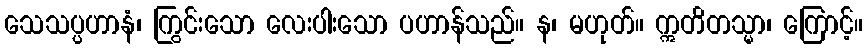
သေသပ္ပဟာနံ၊ ကြွင်းသော လေးပါးသော ပဟာန်သည်။ န၊ မဟုတ်။ ဣတိတသ္မာ၊ ကြောင့်။